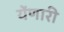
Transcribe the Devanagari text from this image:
येंणारी